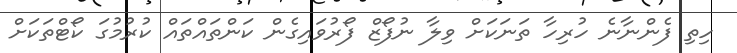
ހިތި ފެންނާނެ ހުރިހާ ތަނަކަށް ވިލާ ނުފޯޒް ފޯރުވައިގެން ކަންތައްތައް ކުރުމުގަ ކޯޓްތަކަށް